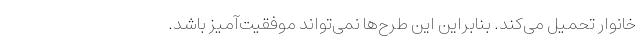
خانوار تحمیل می‌کند. بنابراین این طرح‌ها نمی‌تواند موفقیت‌آمیز باشد.